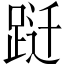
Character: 跹